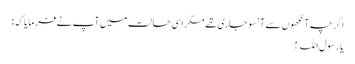
اگرچہ آنکھوں سے آنسو جاری تھے مگر اسی حالت میں آپ نے فرمایا کہ:
یا رسول اللہ!